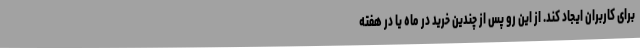
برای کاربران ایجاد کند. از این رو پس از چندین خرید در ماه یا در هفته